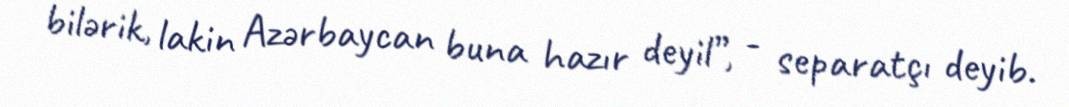
bilərik, lakin Azərbaycan buna hazır deyil”, - separatçı deyib.